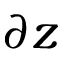
\partial z